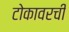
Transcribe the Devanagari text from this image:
टोकावरची